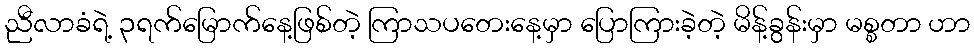
ညီလာခံရဲ့ ၃ရက်မြောက်နေ့ဖြစ်တဲ့ ကြာသပတေးနေ့မှာ ပြောကြားခဲ့တဲ့ မိန့်ခွန်းမှာ မစ္စတာ ဟာ